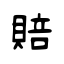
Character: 賠